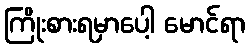
ကြိုးစားရမှာပေါ့ မောင်ရာ